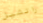
راتشيل